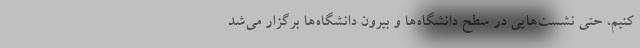
کنیم، حتی نشست‌هایی در سطح دانشگاه‌ها و بیرون دانشگاه‌ها برگزار می‌شد